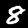
Digit: 8